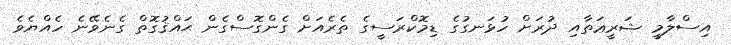
އިސްލާމީ ޝަރީޢަތާއި ދުރަށް ހުޅަނގުގެ ޑިމޮކްރަސީގެ ތެރެއަށް ގެންގޮސްގެން ޙައްޤުގޮތް ގެނެވޭނެ ހެއްޔެވެ